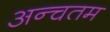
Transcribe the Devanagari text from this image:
अन्चतम